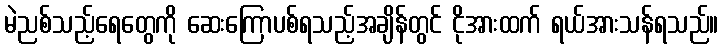
မဲညစ်သည့်ရေတွေကို ဆေးကြောပစ်ရသည့်အချိန်တွင် ငိုအားထက် ရယ်အားသန်ရသည်။